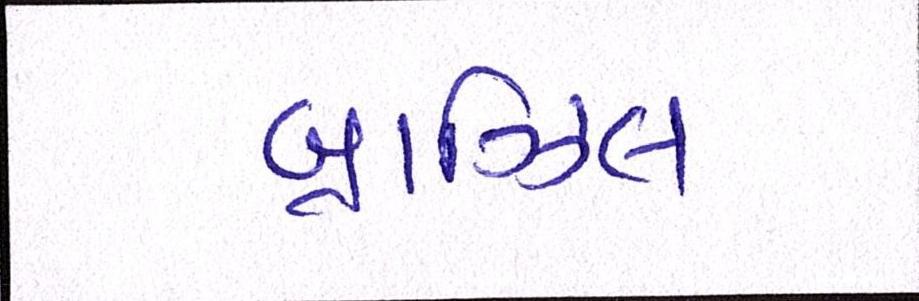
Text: બ્રાઝિલ